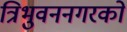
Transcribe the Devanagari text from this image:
त्रिभुवननगरको